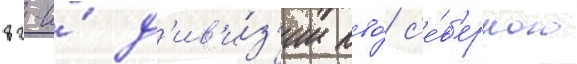
82-и́ д'ив'и́з'ии пво́ с'е́в'ерного